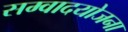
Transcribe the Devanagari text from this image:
सम्वादयोजना